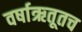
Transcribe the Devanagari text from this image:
वर्षाऋतूतच